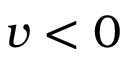
v < 0